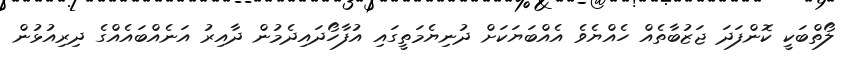
ލޯތްބަކީ ކޮންފަދަ ޖަޒުބާތެއް ހެއްޔެވެ އެއްބަޔަކަށް ދުނިޔެމަތީގައި އުފާހޯދައިދެމުން ދާއިރު އަނެއްބައެއްގެ ދިރިއުޅުން